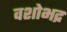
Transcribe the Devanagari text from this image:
वशोभद्र